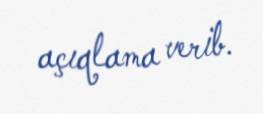
açıqlama verib.